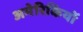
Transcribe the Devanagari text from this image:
अमेरिकियों